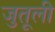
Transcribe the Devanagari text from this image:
जुतूली